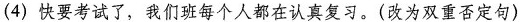
(4)快要考试了，我们班每个人都在认真复习。(改为双重否定句)